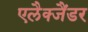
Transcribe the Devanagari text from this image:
एलैक्जैंडर